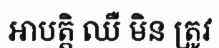
អាបត្តិ ឈឺ មិន ត្រូវ